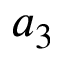
a _ { 3 }